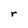
Character: r